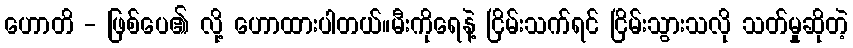
ဟောတိ - ဖြစ်ပေ၏ လို့ ဟောထားပါတယ်။မီးကိုရေနဲ့ ငြိမ်းသက်ရင် ငြိမ်းသွားသလို သတ်မှုဆိုတဲ့